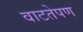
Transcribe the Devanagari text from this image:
वाटतेपण